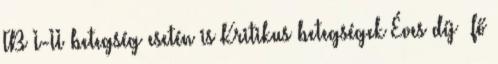
TB I-II betegség esetén is Kritikus betegségek Éves díj fő